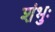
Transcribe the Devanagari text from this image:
शंभुः